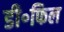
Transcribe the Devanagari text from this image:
डी॰फिल